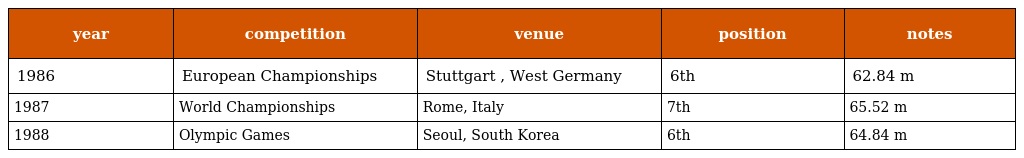
| year | competition | venue | position | notes |
 | --- | --- | --- | --- | --- |
 | 1986 | European Championships | Stuttgart , West Germany | 6th | 62.84 m |
 | 1987 | World Championships | Rome, Italy | 7th | 65.52 m |
 | 1988 | Olympic Games | Seoul, South Korea | 6th | 64.84 m |